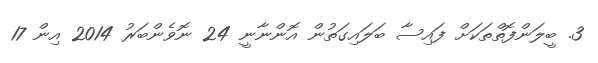
3. ބީލަންފޮތްތަކަށް ފައިސާ ބަލައިގަތުން އޮންނާނީ 24 ނޮވެންބަރު 2014 އިން 17